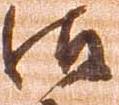
御